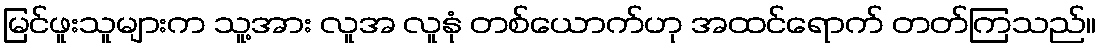
မြင်ဖူးသူများက သူ့အား လူအ လူနုံ တစ်ယောက်ဟု အထင်ရောက် တတ်ကြသည်။